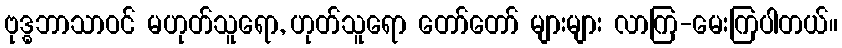
ဗုဒ္ဓဘာသာဝင် မဟုတ်သူရော, ဟုတ်သူရော တော်တော် များများ လာကြ-မေးကြပါတယ်။